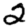
Digit: 2